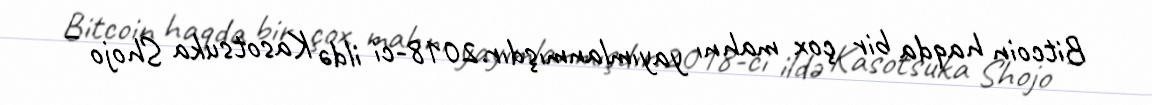
Bitcoin haqda bir çox mahnı yayımlanmışdır.2018-ci ildə Kasotsuka Shojo –